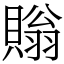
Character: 𧷜